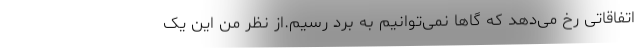
اتفاقاتی رخ می‌دهد که گاها نمی‌توانیم به برد رسیم.از نظر من این یک